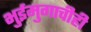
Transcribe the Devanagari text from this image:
भुईमुगाचीही